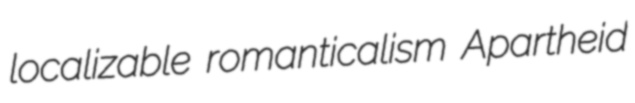
localizable romanticalism Apartheid